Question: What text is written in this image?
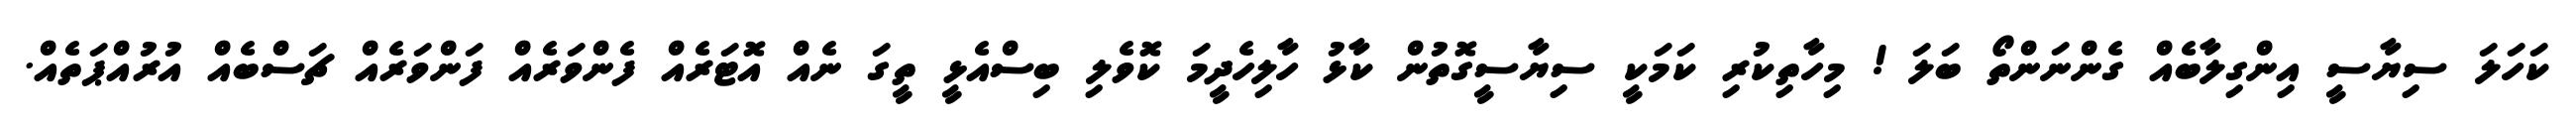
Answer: ކަހަލަ ސިޔާސީ އިންގިލާބެއް ގެންނަންތޯ ބަލަ ! މިހާތިކުރި ކަމަކީ ސިޔާސީގޮތުން ކާޅު ހާލިހެދީމަ ކޮވެލި ބިސްއެޅީ ތީގަ ނެއް އޮޓަރެއް ފެންވަރެއް ފަންވަރެއް ޗަސްބެއް އުރުއްޕަތެއް.